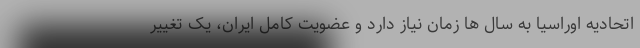
اتحادیه اوراسیا به سال ها زمان نیاز دارد و عضویت کامل ایران، یک تغییر